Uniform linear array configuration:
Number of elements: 24
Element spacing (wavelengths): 0.5
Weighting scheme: exponential
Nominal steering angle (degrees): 15
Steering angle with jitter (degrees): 14.857
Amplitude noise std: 0.05
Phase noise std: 0.05

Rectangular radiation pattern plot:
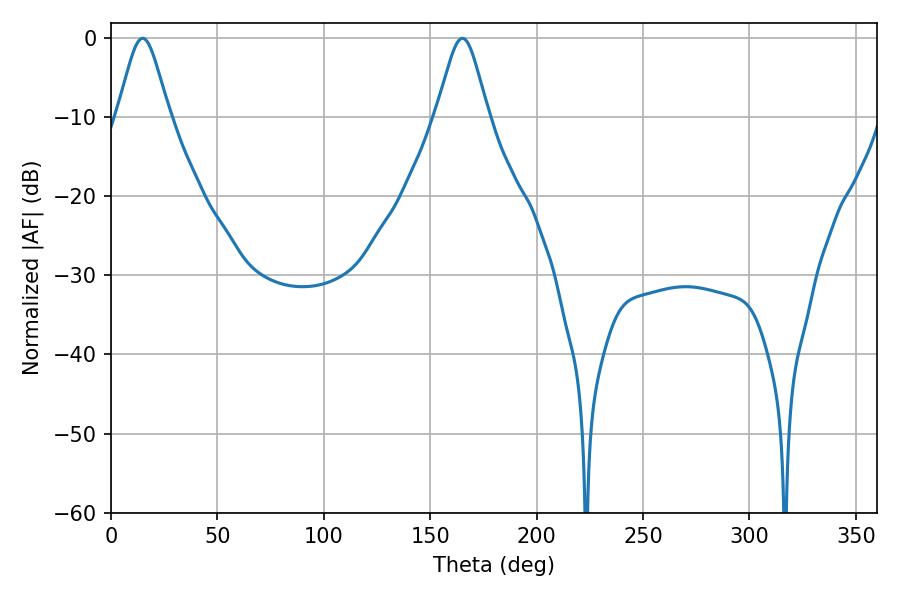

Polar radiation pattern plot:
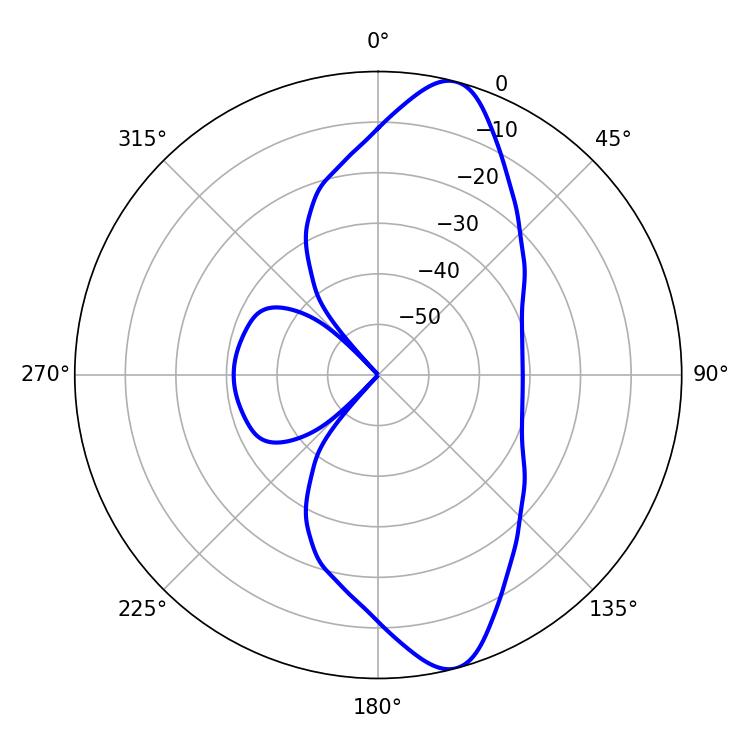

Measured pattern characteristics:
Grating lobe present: FALSE
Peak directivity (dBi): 11.785
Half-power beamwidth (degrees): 11.88
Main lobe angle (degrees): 14.94